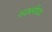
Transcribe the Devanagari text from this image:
स्वधर्मोदय